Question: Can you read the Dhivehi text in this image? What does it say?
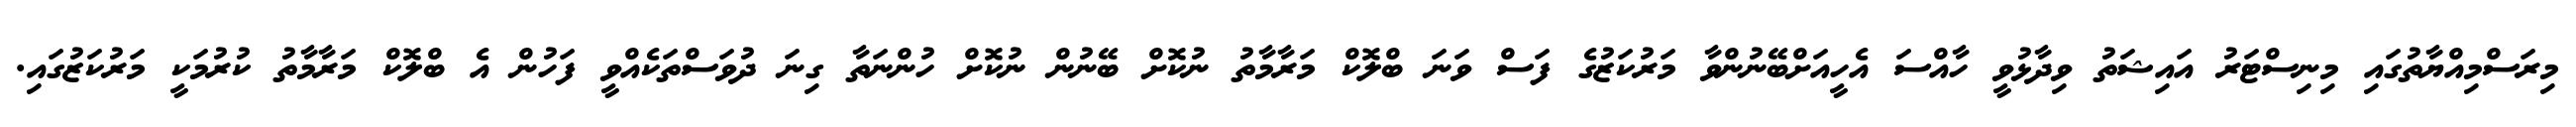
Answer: މިރަސްމިއްޔާތުގައި މިނިސްޓަރު އައިޝަތު ވިދާޅުވީ ހާއްސަ އެހީއަށްބޭނުންވާ މަރުކަޒުގެ ފަސް ވަނަ ބްލޮކް މަރާމާތު ނުކޮށް ބޭނުން ނުކޮށް ހުންނަތާ ގިނަ ދުވަސްތަކެއްވީ ފަހުން އެ ބްލޮކް މަރާމާތު ކުރުމަކީ މަރުކަޒުގައި.